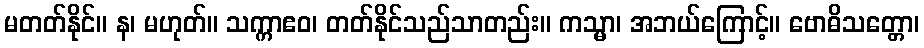
မတတ်နိုင်။ န၊ မဟုတ်။ သက္ကာဧဝ၊ တတ်နိုင်သည်သာတည်း။ ကသ္မာ၊ အဘယ်ကြောင့်။ ဗောဓိသတ္တော၊